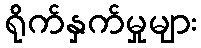
ရိုက်နှက်မှုများ